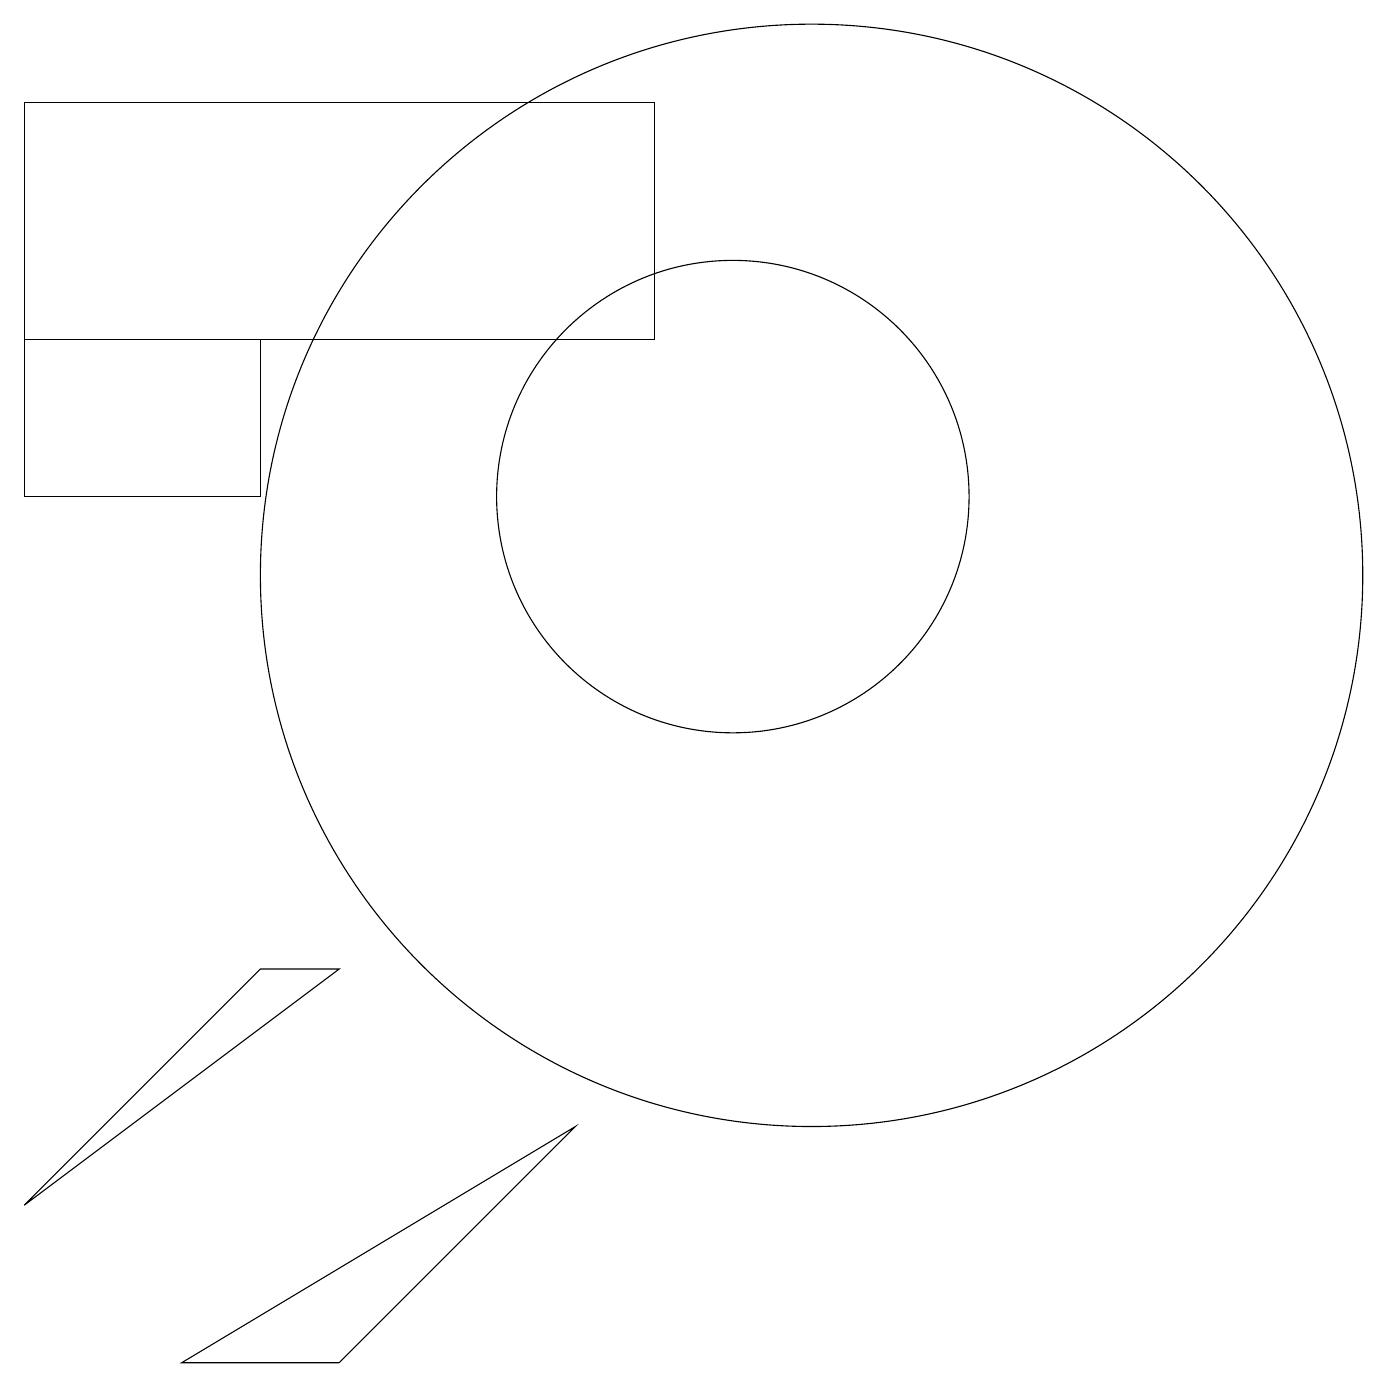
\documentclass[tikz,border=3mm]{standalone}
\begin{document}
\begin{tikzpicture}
\draw (5,6) -- (4,6) -- (1,3) -- cycle;
\draw (12,10) circle (0);
\draw (9,14) rectangle (1,17);
\draw (5,1) -- (3,1) -- (8,4) -- cycle;
\draw (10,12) circle (3);
\draw (11,11) circle (7);
\draw (1,12) rectangle (4,14);
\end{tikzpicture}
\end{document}